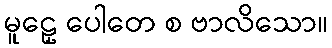
မူဠှေ ပေါတေ စ ဗာလိသော။